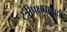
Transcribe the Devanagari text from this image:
स्त्रीपक्षपाताची